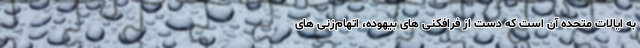
به ایالات متحده آن است که دست از فرافکنی های بیهوده، اتهام‌زنی های